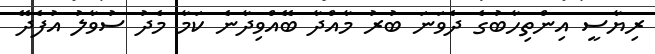
ރިޔާސީ އިންތިހާބުގެ ދެވަނަ ބުރު މާއްދާ ބޭއްވިދާނެ ކަމާ މެދު ސުވާލު އުފެދޭ